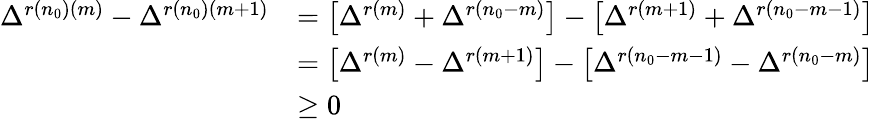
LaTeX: \begin{array}{rl}{\Delta^{r(n_{0})(m)}-\Delta^{r(n_{0})(m+1)}}&{=\left[\Delta^{r(m)}+\Delta^{r(n_{0}-m)}\right]-\left[\Delta^{r(m+1)}+\Delta^{r(n_{0}-m-1)}\right]}\\ &{=\left[\Delta^{r(m)}-\Delta^{r(m+1)}\right]-\left[\Delta^{r(n_{0}-m-1)}-\Delta^{r(n_{0}-m)}\right]}\\ &{\geq 0}\end{array}